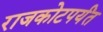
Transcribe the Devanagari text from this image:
राजकोटपर्यंत